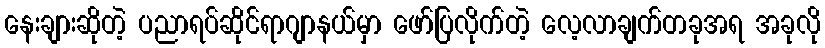
နေးချားဆိုတဲ့ ပညာရပ်ဆိုင်ရာဂျာနယ်မှာ ဖော်ပြလိုက်တဲ့ လေ့လာချက်တခုအရ အခုလို